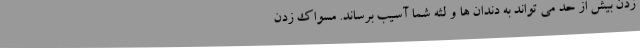
زدن بیش از حد می تواند به دندان ها و لثه شما آسیب برساند. مسواک زدن